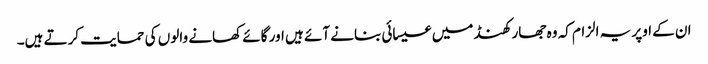
ان کے اوپر یہ الزام کہ وہ جھارکھنڈ میں عیسائی بنانے آئے ہیں اور گائے کھانے والوں کی حمایت کرتے ہیں۔